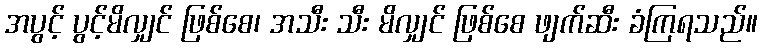
အပွင့် ပွင့်မိလျှင် ဖြစ်စေ၊ အသီး သီး မိလျှင် ဖြစ်စေ ဖျက်ဆီး ခံကြရသည်။